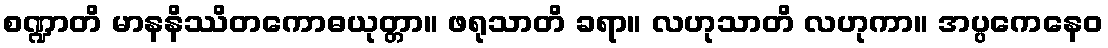
စဏ္ဍာတိ မာနနိဿိတကောဓယုတ္တာ။ ဖရုသာတိ ခရာ။ လဟုသာတိ လဟုကာ။ အပ္ပကေနေဝ